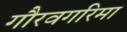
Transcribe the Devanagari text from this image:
गौरवगरिमा